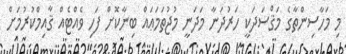
މި މަހާސިންތާގެ މަޤްސަދަކީ ހަރުދަނާ މަދަނީ މުޖުތަމަޢައް ބިނާކޮށް ފަހި ވެއްޓެއް ޤާއިމްކުރުމަށް